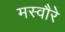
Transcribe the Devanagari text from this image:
मस्वौरे